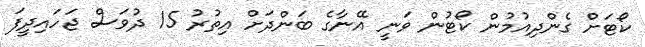
ކޯޓަށް ގެންދިއުމުން ކޯޓުން ވަނީ އޭނާގެ ބަންދަށް އިތުރު 15 ދުވަސް ޖަހައިދީފަ